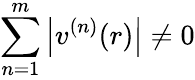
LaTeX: \sum_{n=1}^{m}\left\lvert v^{(n)}(r)\right\rvert\ne 0